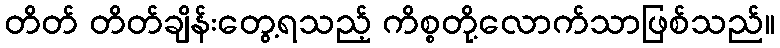
တိတ် တိတ်ချိန်းတွေ့ရသည့် ကိစ္စတို့လောက်သာဖြစ်သည်။